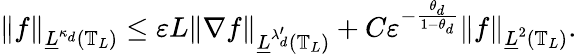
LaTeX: \left\| f\right\| _{\underline{{L}}^{\kappa_{d}}(\mathbb{T}_{L})}\leq\varepsilon L\left\| \nabla f\right\| _{\underline{{L}}^{\lambda_{d}^{\prime}}(\mathbb{T}_{L})}+C\varepsilon^{-\frac{\theta_{d}}{1-\theta_{d}}}\left\| f\right\| _{\underline{{L}}^{2}(\mathbb{T}_{L})}.